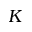
K